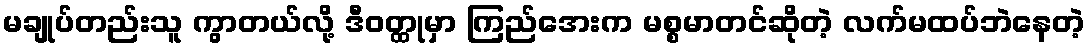
မချုပ်တည်းသူ ကွာတယ်လို့ ဒီဝတ္ထုမှာ ကြည်အေးက မစ္စမာတင်ဆိုတဲ့ လက်မထပ်ဘဲနေတဲ့